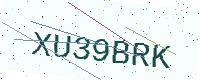
Text: XU39BRK